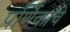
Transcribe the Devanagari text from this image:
पर्णिकांचे